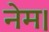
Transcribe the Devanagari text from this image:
नेम।